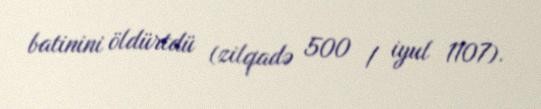
batinini öldürtdü (zilqadə 500 / iyul 1107).